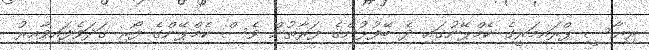
ރިޔާސީ ޕްރައިމަރީގެ ކެމްޕޭނުގައި ދެ ބޭފުޅުންގެ ފަރާތުން ވެސް ކެމްޕޭންގެ ފޯރި ގަދަވެފައިވާއިރު